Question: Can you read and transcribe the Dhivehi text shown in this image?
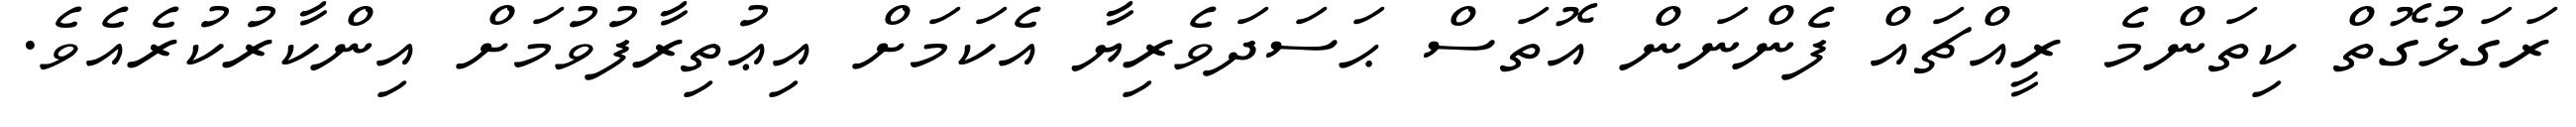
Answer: ރަގަޅުގޮތް ކިތަންމެ ރީއްޗައް ފެންނަން އޮތަސް ޙަސަދަވެރިޔާ އެކަމަށް އިޢުތިރާފުވުމަށް އިންކާރުކުރެއެވެ.